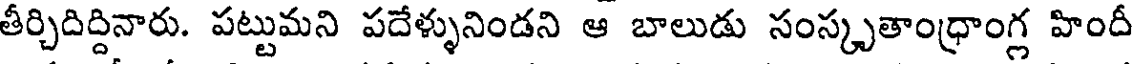
తీర్చిదిద్దినారు. పట్టుమని పదేళ్ళునిండని ఆ బాలుడు సంస్కృతాంధ్రాంగ్ల హిందీ